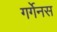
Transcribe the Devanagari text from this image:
गर्गेनस